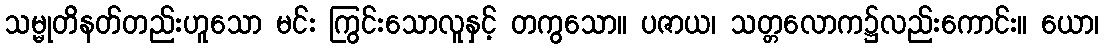
သမ္မုတိနတ်တည်းဟူသော မင်း ကြွင်းသောလူနှင့် တကွသော။ ပဇာယ၊ သတ္တလောက၌လည်းကောင်း။ ယော၊